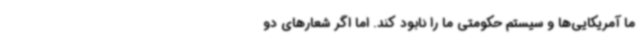
ما آمریکایی‌ها و سیستم حکومتی ما را نابود کند. اما اگر شعارهای دو